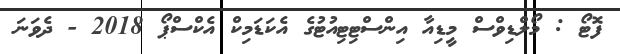
ފޮޓޯ : މޯލްޑިވްސް މީޑިއާ އިންސްޓިޓިއުޓުގެ އެކަޑަމިކް އެކްސްޕޯ 2018 - ދެވަނަ